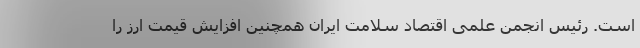
است. رئیس انجمن علمی اقتصاد سلامت ایران همچنین افزایش قیمت ارز را